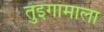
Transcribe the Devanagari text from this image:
तुइगामाला